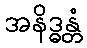
အနိဒ္ဓန္တံ